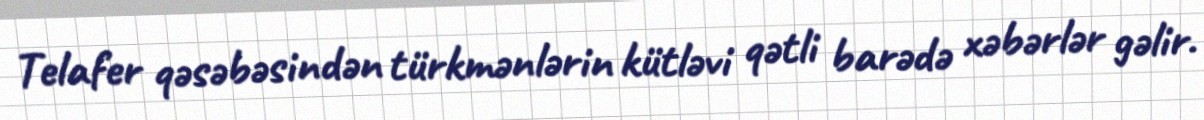
Telafer qəsəbəsindən türkmənlərin kütləvi qətli barədə xəbərlər gəlir.